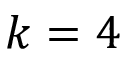
k = 4